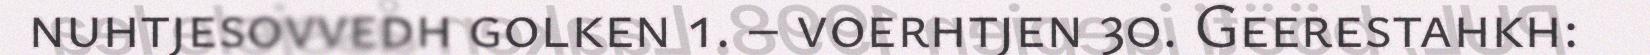
nuhtjesovvedh golken 1. – voerhtjen 30. Geerestahkh: